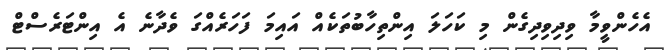
އެހެންވީމާ ވިދިވިދިގެން މި ކަހަލަ އިންތިހާބުތަކެއް އައިމަ ފަހަރެއްގަ ވެދާނެ އެ އިންޓަރެސްޓް